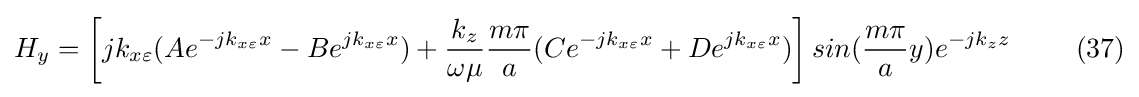
H_{y}=\left[jk_{x\varepsilon }(Ae^{-jk_{x\varepsilon }x}-Be^{jk_{x\varepsilon }x})+{\frac {k_{z}}{\omega \mu }}{\frac {m\pi }{a}}(Ce^{-jk_{x\varepsilon }x}+De^{jk_{x\varepsilon }x})\right]sin({\frac {m\pi }{a}}y)e^{-jk_{z}z}\ \ \ \ \ \ \ (37)